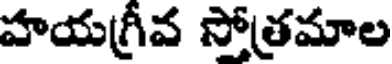
హయగ్రీవ సోత్రమాల